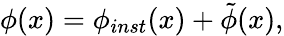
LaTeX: \phi(x)=\phi_{inst}(x)+\tilde{\phi}(x),